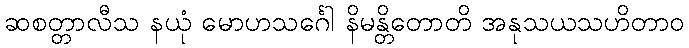
ဆစတ္တာလီသ နယုံ မောဟသင်္ဂေါ နိမန္တိတောတိ အနုသယသဟိတာဝ